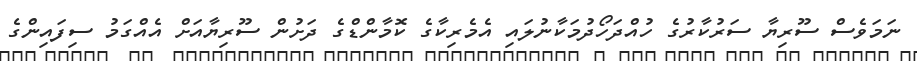
ނަމަވެސް ސޫރިޔާ ސަރުކާރުގެ ހުއްދަހޯދުމަކާނުލައި އެމެރިކާގެ ކޮމާންޑްގެ ދަށުން ސޫރިޔާއަށް އެއްގަމު ސިފައިންގެ